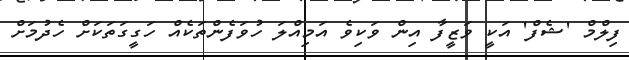
ފިލްމް 'ޝެފް' އަކީ ވަޒީފާ އިން ވަކިވެ އަމިއްލަ ހުވަފެންތަކެއް ހަގީގަތަކަށް ހެދުމަށް